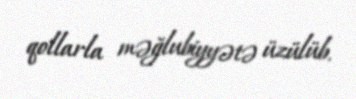
qollarla məğlubiyyətə üzülüb.